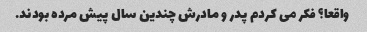
واقعا؟ فکر می کردم پدر و مادرش چندین سال پیش مرده بودند.